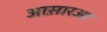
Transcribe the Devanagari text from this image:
आस़ारआ